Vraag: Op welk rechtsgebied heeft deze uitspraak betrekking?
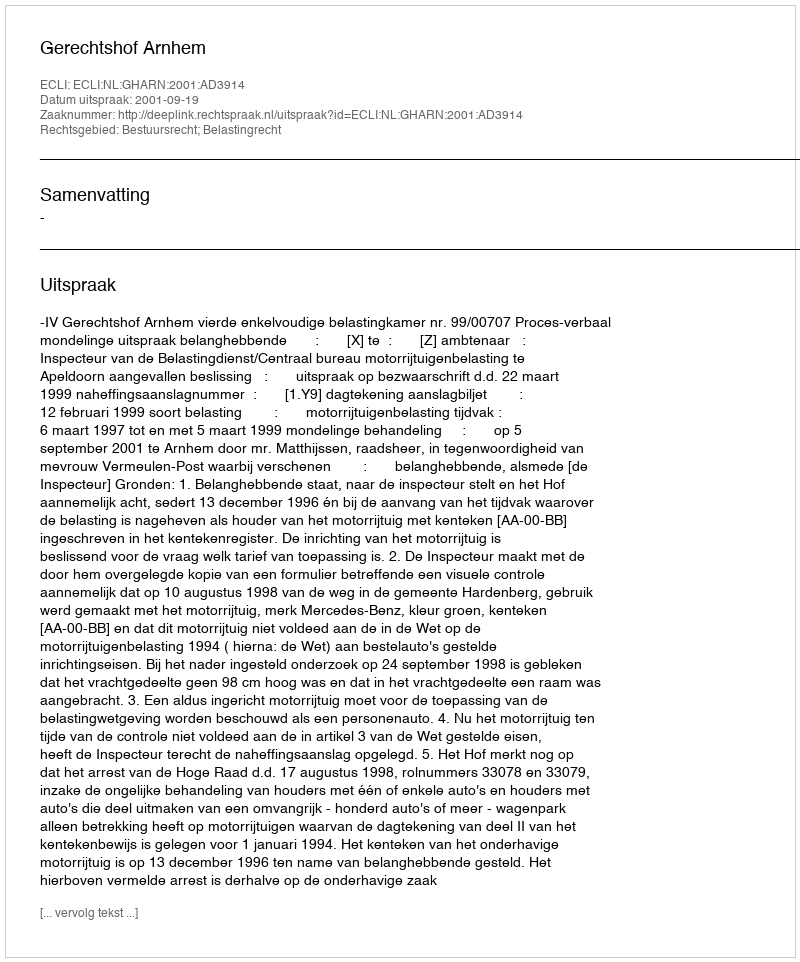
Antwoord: Bestuursrecht; Belastingrecht